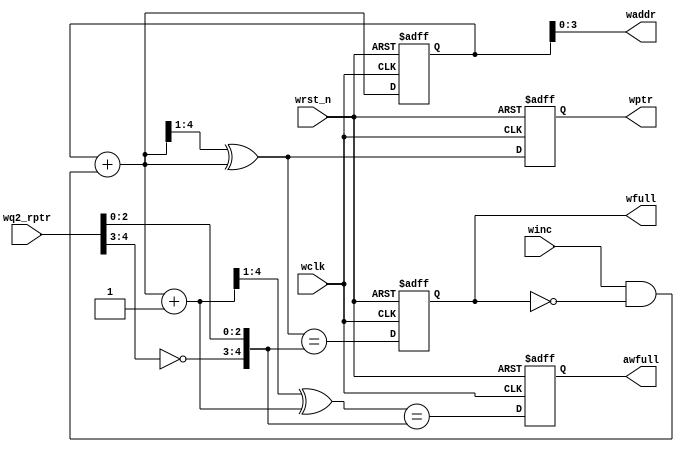
//-----------------------------------------------------------------------------
// Copyright 2017 Damien Pretet ThotIP
// 
// Licensed under the Apache License, Version 2.0 (the "License");
// you may not use this file except in compliance with the License.
// You may obtain a copy of the License at
// 
//     http://www.apache.org/licenses/LICENSE-2.0
// 
// Unless required by applicable law or agreed to in writing, software
// distributed under the License is distributed on an "AS IS" BASIS,
// WITHOUT WARRANTIES OR CONDITIONS OF ANY KIND, either express or implied.
// See the License for the specific language governing permissions and
// limitations under the License.
//-----------------------------------------------------------------------------  

`timescale 1 ns / 1 ps
`default_nettype none

module wptr_full

    #(
    parameter ADDRSIZE = 4
    )(
    input  wire                wclk,
    input  wire                wrst_n,
    input  wire                winc,
    input  wire [ADDRSIZE  :0] wq2_rptr,
    output reg                 wfull,
    output reg                 awfull,
    output wire [ADDRSIZE-1:0] waddr,
    output reg  [ADDRSIZE  :0] wptr
    );

    reg  [ADDRSIZE:0] wbin;
    wire [ADDRSIZE:0] wgraynext, wbinnext, wgraynextp1;
    wire              awfull_val, wfull_val;

    // GRAYSTYLE2 pointer
    always @(posedge wclk or negedge wrst_n) begin

        if (!wrst_n) 
            {wbin, wptr} <= 0;
        else         
            {wbin, wptr} <= {wbinnext, wgraynext};

    end
    
    // Memory write-address pointer (okay to use binary to address memory)
    assign waddr = wbin[ADDRSIZE-1:0];
    assign wbinnext  = wbin + (winc & ~wfull);
    assign wgraynext = (wbinnext >> 1) ^ wbinnext;
    assign wgraynextp1 = ((wbinnext + 1'b1) >> 1) ^ (wbinnext + 1'b1);
    
    //------------------------------------------------------------------ 
    // Simplified version of the three necessary full-tests:
    // assign wfull_val=((wgnext[ADDRSIZE] !=wq2_rptr[ADDRSIZE] ) &&
    //                   (wgnext[ADDRSIZE-1]  !=wq2_rptr[ADDRSIZE-1]) &&
    // (wgnext[ADDRSIZE-2:0]==wq2_rptr[ADDRSIZE-2:0])); 
    //------------------------------------------------------------------
    
     assign wfull_val = (wgraynext == {~wq2_rptr[ADDRSIZE:ADDRSIZE-1],wq2_rptr[ADDRSIZE-2:0]});
     assign awfull_val = (wgraynextp1 == {~wq2_rptr[ADDRSIZE:ADDRSIZE-1],wq2_rptr[ADDRSIZE-2:0]});

     always @(posedge wclk or negedge wrst_n) begin

        if (!wrst_n) begin
            awfull <= 1'b0;
            wfull  <= 1'b0;
        end
        else begin
            awfull <= awfull_val;
            wfull  <= wfull_val;
        end

    end

endmodule

`resetall